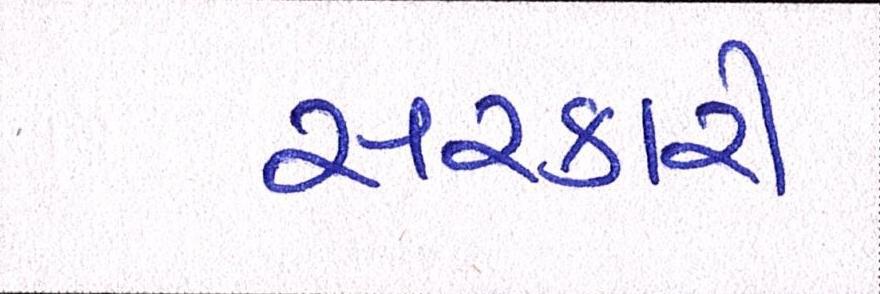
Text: સરકારી